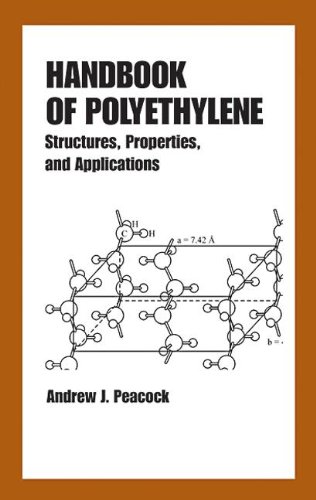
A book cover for Handbook of Polyethylene: Structures: Properties, and Applications (Plastics Engineering); Andrew Peacock; Crafts, Hobbies & Home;